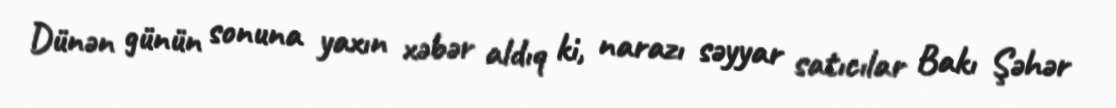
Dünən günün sonuna yaxın xəbər aldıq ki, narazı səyyar satıcılar Bakı Şəhər